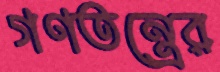
গণতন্ত্রের